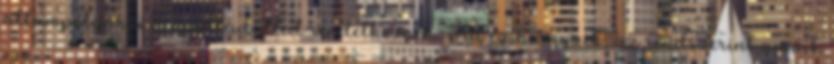
állampolgárai nemzettudattal rendelkeznek. Ha ez hiányzik, az rendszerint annak